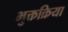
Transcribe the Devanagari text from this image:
भुक्तक्रिया